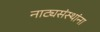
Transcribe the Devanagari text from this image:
नाट्यसंस्थांना